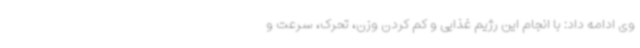
وی ادامه داد: با انجام این رژیم غذایی و کم کردن وزن، تحرک، سرعت و